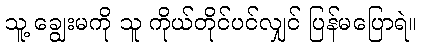
သူ့ ချွေးမကို သူ ကိုယ်တိုင်ပင်လျှင် ပြန်မပြောရဲ။